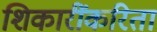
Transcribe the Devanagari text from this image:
शिकारींकरिता